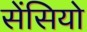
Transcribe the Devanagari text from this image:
सेंसियो